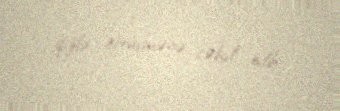
qızla görüşməyə cəhd edib.